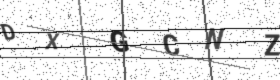
Text: DXGCNZ